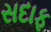
સદાફ